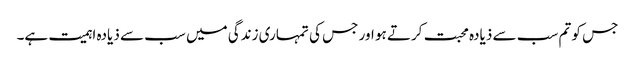
جس کو تم سب سے ذیادہ محبت کرتے ہو اور جس کی تمہاری زندگی میں سب سے ذیادہ اہمیت ہے۔